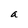
Character: a